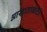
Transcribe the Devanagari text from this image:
आखाताकाठी